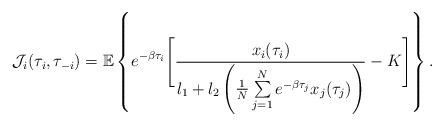
LaTeX: \begin{align*}\mathcal{J}_i(\tau_i,\tau_{-i})=\mathbb{E}\left\{ e^{-\beta\tau_i} \Bigg[ \frac{x_i(\tau_i)}{l_1+l_2\left(\frac{1}{N}\sum\limits_{j=1}^Ne^{-\beta\tau_j}x_j(\tau_j)\right)}-K\Bigg]\right\}.\end{align*}